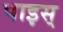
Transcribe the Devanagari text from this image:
पाइस्